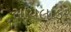
સાયલાકર